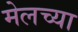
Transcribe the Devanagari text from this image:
मेलच्या